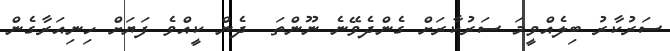
ސަރުކާރު ބިލެއްވީމަ ސަރުކާރަށް ގެންދެވޭނެ ނޫންތަ  ދެން ކީއްވެ ފަަޔަށް ހިނިއަރާގެން